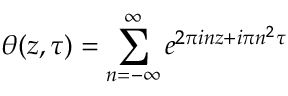
\theta ( z , \tau ) = \sum _ { n = - \infty } ^ { \infty } e ^ { 2 \pi i n z + i \pi n ^ { 2 } \tau }